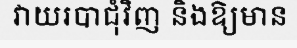
វាយរបាជុំវិញ និងឱ្យមាន